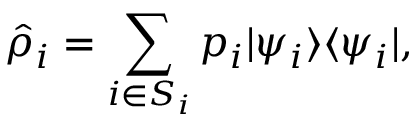
\hat { \rho } _ { i } = \sum _ { i \in S _ { i } } p _ { i } | \psi _ { i } \rangle \langle \psi _ { i } | ,